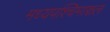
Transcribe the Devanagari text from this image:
मध्यपश्चिमाञ्चल